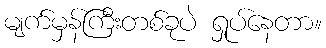
မျက်မှန်ကြီးတစ်ခုပဲ ရှုပ်နေတာ။